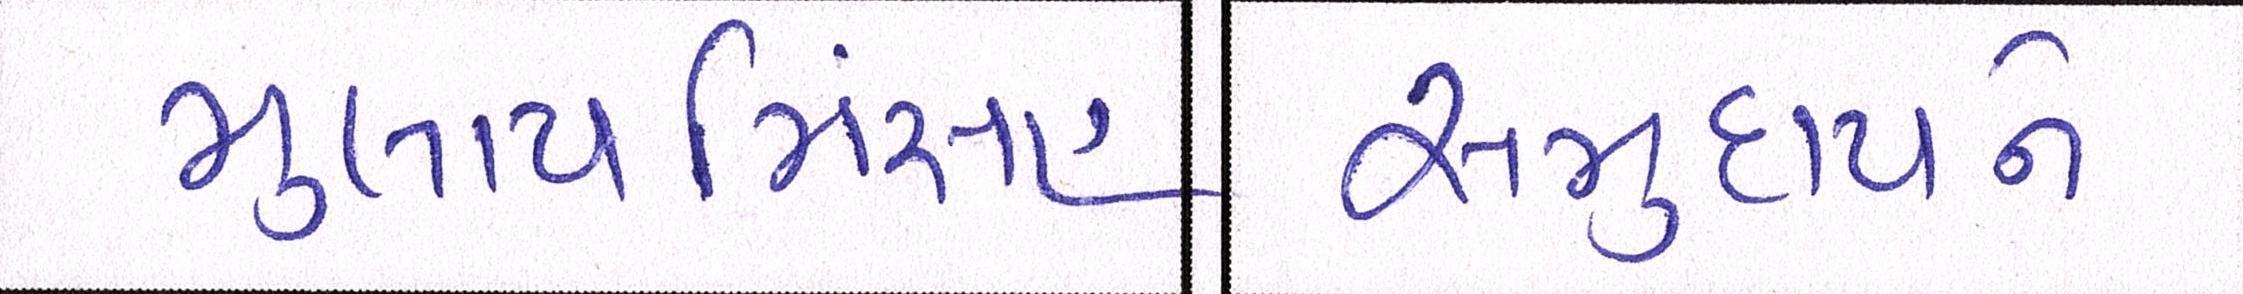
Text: મુલાયમિંસહ